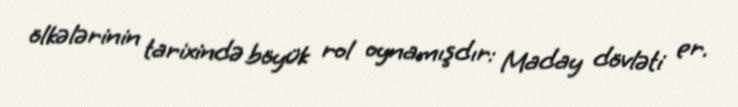
ölkələrinin tarixində böyük rol oynamışdır: Maday dövləti er.